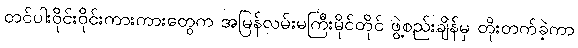
တင်ပါးဝိုင်းဝိုင်းကားကားတွေက အမြန်လမ်းမကြီးမိုင်တိုင် ဖွဲ့စည်းချိန်မှ တိုးတက်ခဲ့ကာ